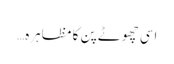
اسی چھوٹے پن کا مظاہرہ…